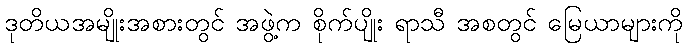
ဒုတိယအမျိုးအစားတွင် အဖွဲ့က စိုက်ပျိုး ရာသီ အစတွင် မြေယာများကို